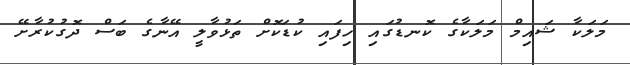
މަލަކާ ޝައިމް މަލަކާގެ ކޮނޑުގައި ހިފައި ކުޑަކޮށް ތަޅުވާލީ އޭނާގެ ބަސް ދޮގުކުރާށޭ